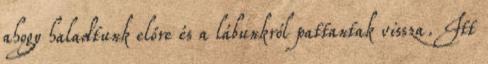
ahogy haladtunk előre és a lábunkról pattantak vissza. Itt